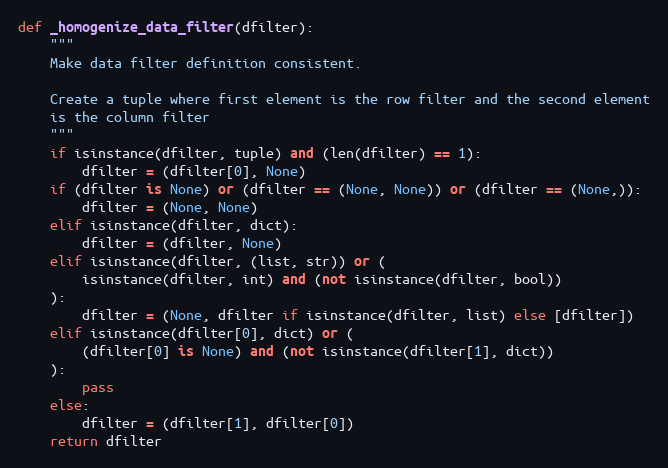
Language: Python
def _homogenize_data_filter(dfilter):
    """
    Make data filter definition consistent.

    Create a tuple where first element is the row filter and the second element
    is the column filter
    """
    if isinstance(dfilter, tuple) and (len(dfilter) == 1):
        dfilter = (dfilter[0], None)
    if (dfilter is None) or (dfilter == (None, None)) or (dfilter == (None,)):
        dfilter = (None, None)
    elif isinstance(dfilter, dict):
        dfilter = (dfilter, None)
    elif isinstance(dfilter, (list, str)) or (
        isinstance(dfilter, int) and (not isinstance(dfilter, bool))
    ):
        dfilter = (None, dfilter if isinstance(dfilter, list) else [dfilter])
    elif isinstance(dfilter[0], dict) or (
        (dfilter[0] is None) and (not isinstance(dfilter[1], dict))
    ):
        pass
    else:
        dfilter = (dfilter[1], dfilter[0])
    return dfilter